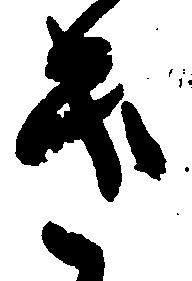
き